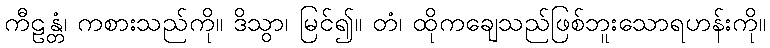
ကီဠန္တံ၊ ကစားသည်ကို။ ဒိသွာ၊ မြင်၍။ တံ၊ ထိုကချေသည်ဖြစ်ဘူးသောရဟန်းကို။